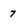
Character: 7